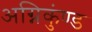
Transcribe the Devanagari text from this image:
अग्निकुंण्ड